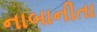
નાબાનીતા